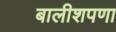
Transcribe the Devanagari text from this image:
बालीशपणा